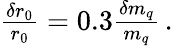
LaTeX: \begin{array}{r}{\frac{\delta r_{0}}{r_{0}}=0.3\frac{\delta m_{q}}{m_{q}}\, .}\end{array}